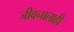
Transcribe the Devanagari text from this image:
जीवनालाही